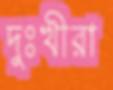
দুঃখীরা